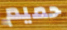
حميم